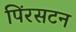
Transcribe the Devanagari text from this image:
पिंरसटन